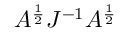
A ^ { \frac { 1 } { 2 } } J ^ { - 1 } A ^ { \frac { 1 } { 2 } }